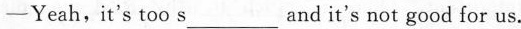
—Yeah,it's too s___and it's not good for us.